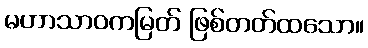
မဟာသာဝကမြတ် ဖြစ်တတ်ထသော။